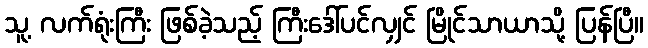
သူ့ လက်ရုံးကြီး ဖြစ်ခဲ့သည့် ကြီးဒေါ်ပင်လျှင် မြိုင်သာယာသို့ ပြန်ပြီ။